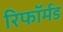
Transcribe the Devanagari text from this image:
रिफॉर्मड